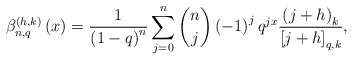
\begin{align*}\beta_{n,q}^{\left(h,k\right)}\left(x\right)=\frac{1}{\left(1-q\right)^{n}}\sum_{j=0}^{n}\dbinom{n}{j}\left(-1\right)^{j}q^{jx}\frac{\left(j+h\right)_{k}}{\left[j+h\right]_{q,k}},\end{align*}